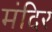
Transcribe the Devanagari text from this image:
मंंदिर